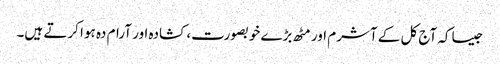
جیساکہ آج کل کے آشرم اور مٹھ بڑے خوبصورت، کشادہ اور آرام دہ ہوا کرتے ہیں۔